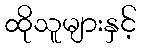
ထိုသူများနှင့်